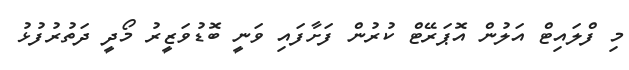
މި ފްލައިޓް އަލުން އޮޕަރޭޓް ކުރުން ފަށާފައި ވަނީ ބޮޑުވަޒީރު މޯދީ ދަތުރުފުޅު